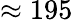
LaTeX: \approx 195